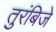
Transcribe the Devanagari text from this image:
तुरंबिजे